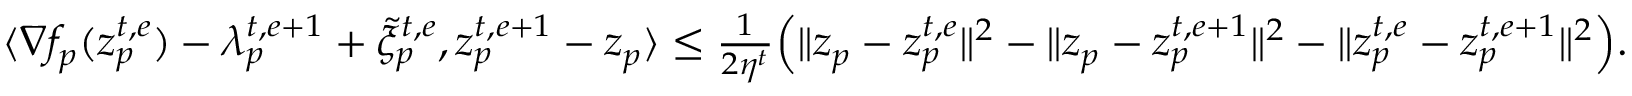
\begin{array} { r } { \langle \nabla f _ { p } ( z _ { p } ^ { t , e } ) - \lambda _ { p } ^ { t , e + 1 } + \tilde { \xi } _ { p } ^ { t , e } , z _ { p } ^ { t , e + 1 } - z _ { p } \rangle \leq \frac { 1 } { 2 \eta ^ { t } } \Big ( \| z _ { p } - z _ { p } ^ { t , e } \| ^ { 2 } - \| z _ { p } - z _ { p } ^ { t , e + 1 } \| ^ { 2 } - \| z _ { p } ^ { t , e } - z _ { p } ^ { t , e + 1 } \| ^ { 2 } \Big ) . } \end{array}